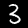
Label: 3